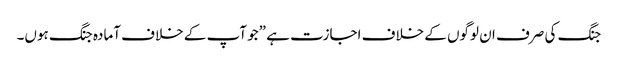
جنگ کی صرف ان لوگوں کے خلاف اجازت ہے ”جو آپ کے خلاف آمادہ جنگ ہوں۔